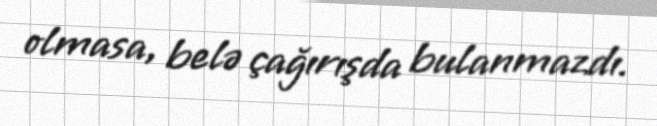
olmasa, belə çağırışda bulanmazdı.